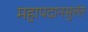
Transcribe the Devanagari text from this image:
महापदानसुत्तंत